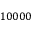
1 0 0 0 0